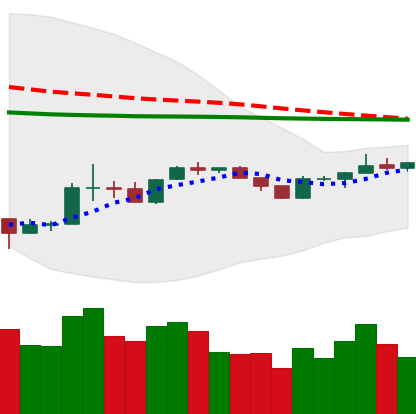
Ticker: BTC-USD
Chart end date: 2020-04-04
Forward return: 6.328%
Label: up_5_7